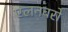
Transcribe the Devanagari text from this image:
एलनबरो